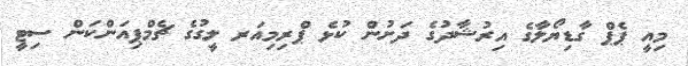
މިއީ ޕެޕް ގާޑިޔޯލާގެ އިރުޝާދުގެ ދަށުން ކުޅެ ޕްރިމިއަރ ލީގުގެ ޗެމްޕިއަންކަން ސިޓީ